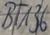
Text: BT136